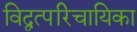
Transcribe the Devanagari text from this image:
विद्वत्परिचायिका